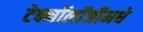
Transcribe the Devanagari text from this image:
टेक्नॉलॉजीमधे